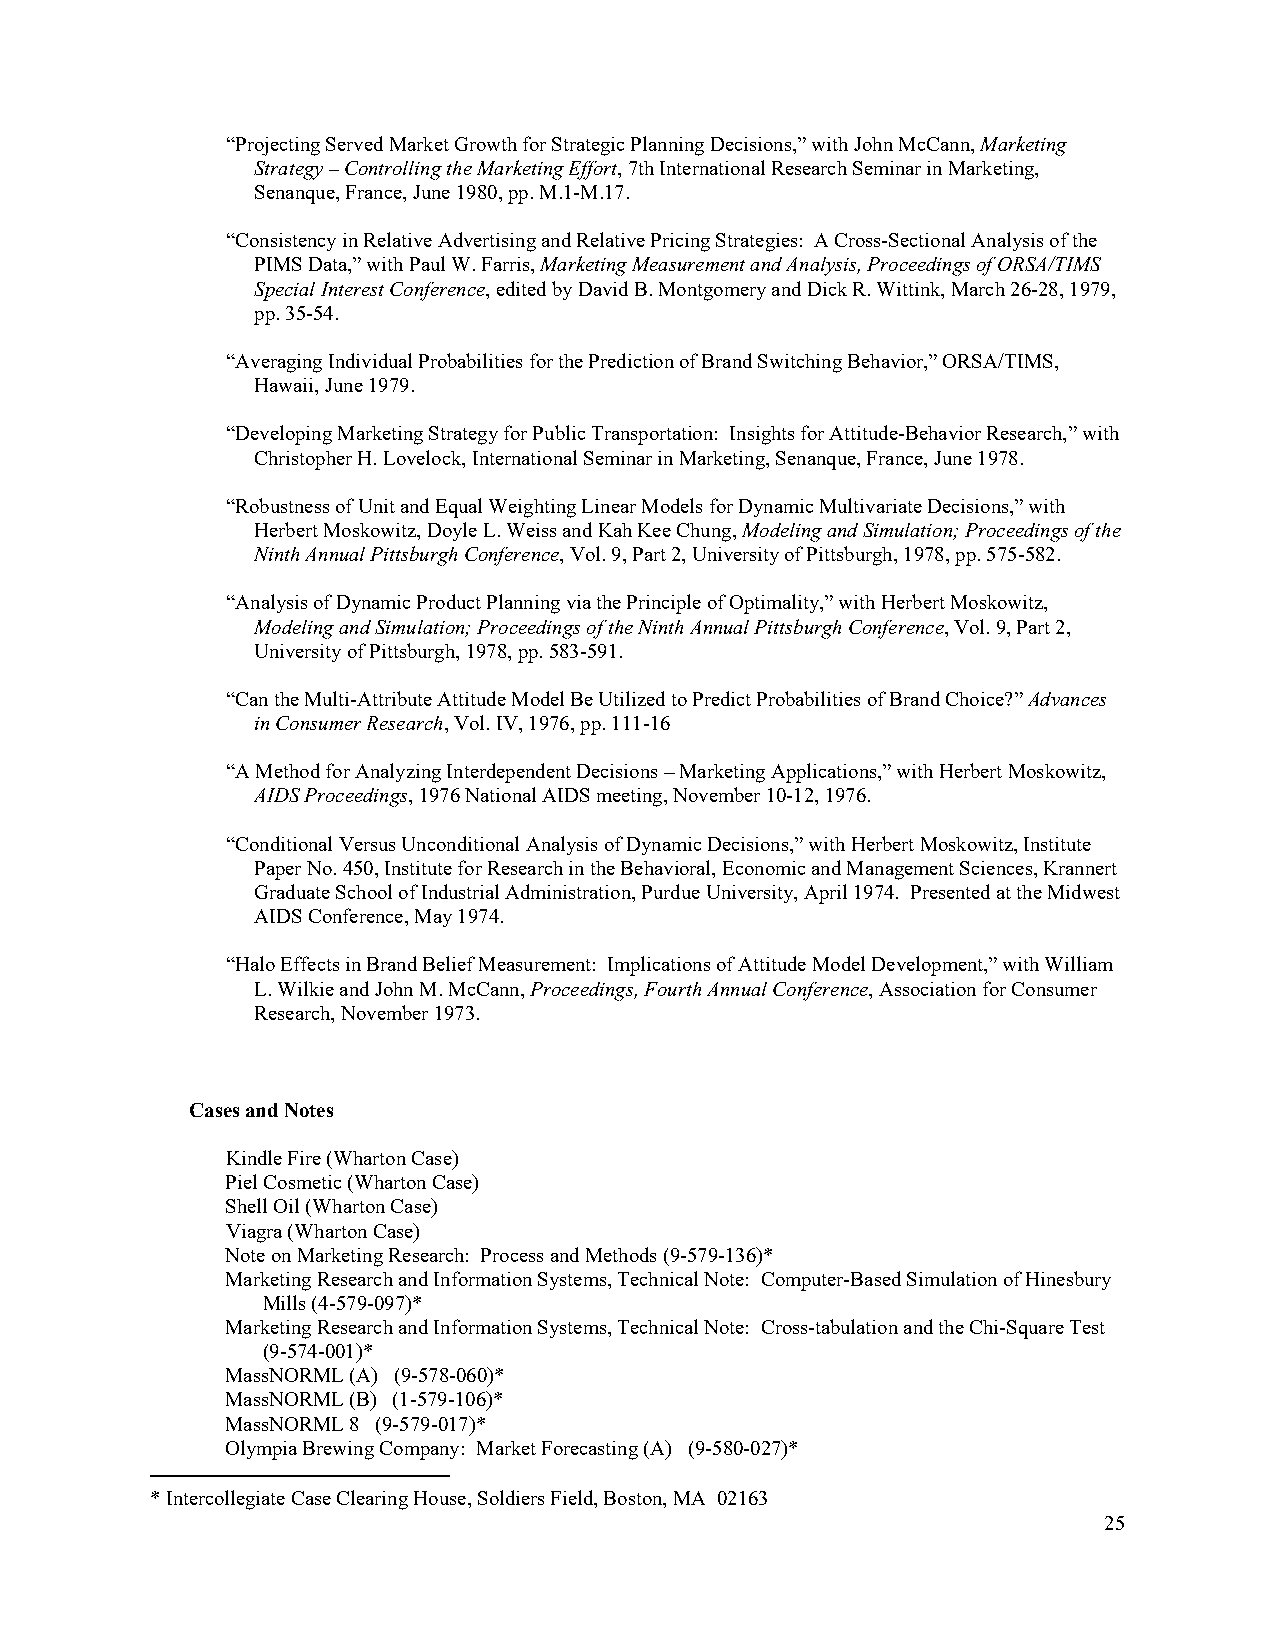
“Projecting Served Market Growth for Strategic Planning Decisions,” with John McCann, Marketing
 Strategy – Controlling the Marketing Effort, 7th International Research Seminar in Marketing,
 Senanque, France, June 1980, pp. M.1-M.17.
 “Consistency in Relative Advertising and Relative Pricing Strategies: A Cross-Sectional Analysis of the
 PIMS Data,” with Paul W. Farris, Marketing Measurement and Analysis, Proceedings of ORSA/TIMS
 Special Interest Conference, edited by David B. Montgomery and Dick R. Wittink, March 26-28, 1979,
 pp. 35-54.
 “Averaging Individual Probabilities for the Prediction of Brand Switching Behavior,” ORSA/TIMS,
 Hawaii, June 1979.
 “Developing Marketing Strategy for Public Transportation: Insights for Attitude-Behavior Research,” with
 Christopher H. Lovelock, International Seminar in Marketing, Senanque, France, June 1978.
 “Robustness of Unit and Equal Weighting Linear Models for Dynamic Multivariate Decisions,” with
 Herbert Moskowitz, Doyle L. Weiss and Kah Kee Chung, Modeling and Simulation; Proceedings of the
 Ninth Annual Pittsburgh Conference, Vol. 9, Part 2, University of Pittsburgh, 1978, pp. 575-582.
 “Analysis of Dynamic Product Planning via the Principle of Optimality,” with Herbert Moskowitz,
 Modeling and Simulation; Proceedings of the Ninth Annual Pittsburgh Conference, Vol. 9, Part 2,
 University of Pittsburgh, 1978, pp. 583-591.
 “Can the Multi-Attribute Attitude Model Be Utilized to Predict Probabilities of Brand Choice?” Advances
 in Consumer Research, Vol. IV, 1976, pp. 111-16
 “A Method for Analyzing Interdependent Decisions – Marketing Applications,” with Herbert Moskowitz,
 AIDS Proceedings, 1976 National AIDS meeting, November 10-12, 1976.
 “Conditional Versus Unconditional Analysis of Dynamic Decisions,” with Herbert Moskowitz, Institute
 Paper No. 450, Institute for Research in the Behavioral, Economic and Management Sciences, Krannert
 Graduate School of Industrial Administration, Purdue University, April 1974. Presented at the Midwest
 AIDS Conference, May 1974.
 “Halo Effects in Brand Belief Measurement: Implications of Attitude Model Development,” with William
 L. Wilkie and John M. McCann, Proceedings, Fourth Annual Conference, Association for Consumer
 Research, November 1973.
 Cases and Notes
 Kindle Fire (Wharton Case)
 Piel Cosmetic (Wharton Case)
 Shell Oil (Wharton Case)
 Viagra (Wharton Case)
 Note on Marketing Research: Process and Methods (9-579-136)*
 Marketing Research and Information Systems, Technical Note: Computer-Based Simulation of Hinesbury
 Mills (4-579-097)*
 Marketing Research and Information Systems, Technical Note: Cross-tabulation and the Chi-Square Test
 (9-574-001)*
 MassNORML (A) (9-578-060)*
 MassNORML (B) (1-579-106)*
 MassNORML 8 (9-579-017)*
 Olympia Brewing Company: Market Forecasting (A) (9-580-027)*
 * Intercollegiate Case Clearing House, Soldiers Field, Boston, MA 02163
 25